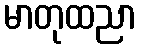
မာတုထညာ